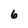
Character: 6